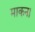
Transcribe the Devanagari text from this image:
माकन।